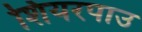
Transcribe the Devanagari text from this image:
शियरपाउ